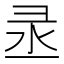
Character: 𱝟